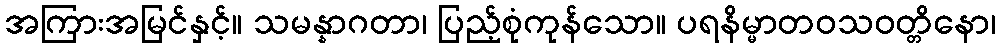
အကြားအမြင်နှင့်။ သမန္နာဂတာ၊ ပြည့်စုံကုန်သော။ ပရနိမ္မာတဝသဝတ္တိနော၊